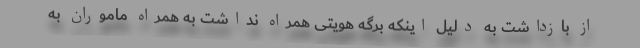
از بازداشت به دلیل اینکه برگه هویتی همراه نداشت به همراه ماموران به